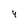
Character: 4